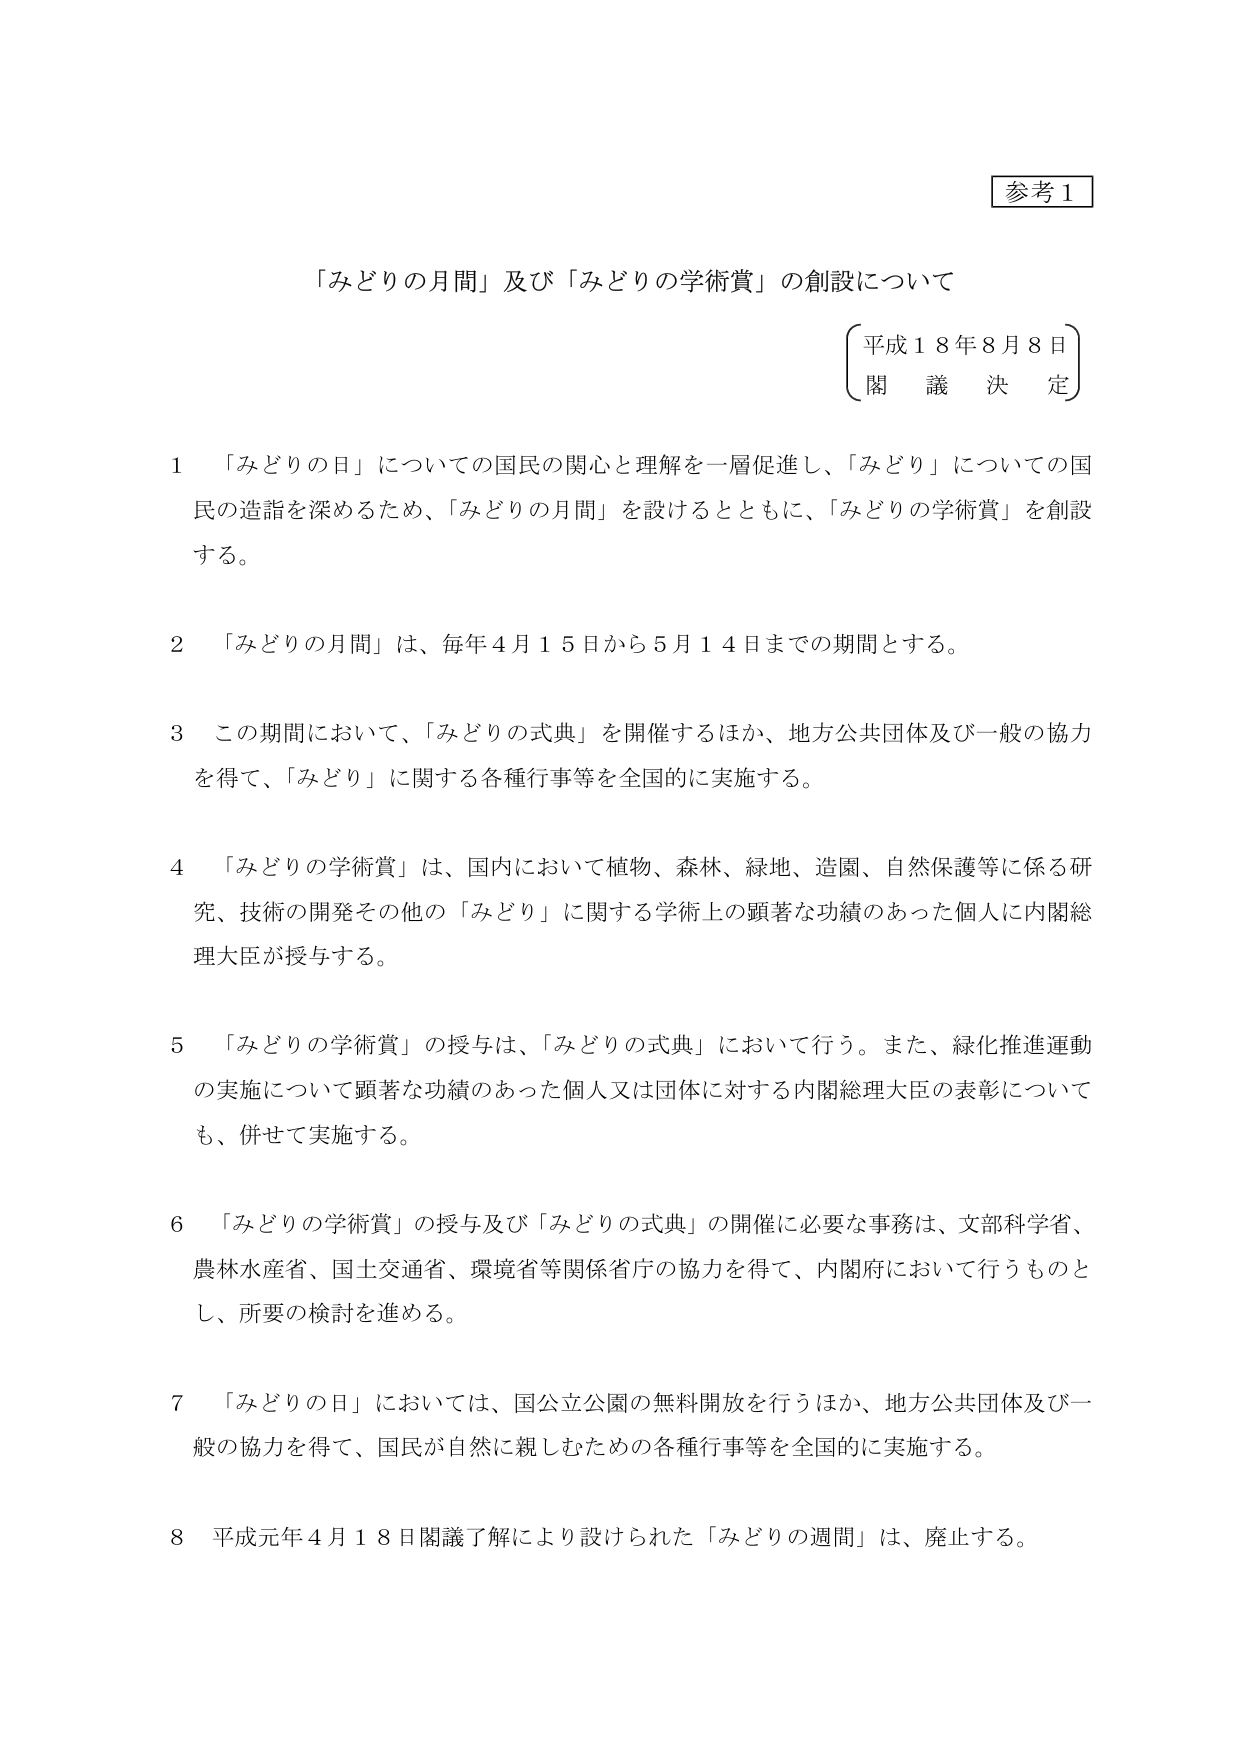
参考１

「みどりの月間」及び「みどりの学術賞」の創設について

（平成１８年８月８日）
閣議決定

１　「みどりの日」についての国民の関心と理解を一層促進し、「みどり」についての国民の造詣を深めるため、「みどりの月間」を設けるとともに、「みどりの学術賞」を創設する。

２　「みどりの月間」は、毎年４月１５日から５月１４日までの期間とする。

３　この期間において、「みどりの式典」を開催するほか、地方公共団体及び一般の協力を得て、「みどり」に関する各種行事等を全国的に実施する。

４　「みどりの学術賞」は、国内において植物、森林、緑地、造園、自然保護等に係る研究、技術の開発その他の「みどり」に関する学術上の顕著な功績のあった個人に内閣総理大臣が授与する。

５　「みどりの学術賞」の授与は、「みどりの式典」において行う。また、緑化推進運動の実施について顕著な功績のあった個人又は団体に対する内閣総理大臣の表彰についても、併せて実施する。

６　「みどりの学術賞」の授与及び「みどりの式典」の開催に必要な事務は、文部科学省、農林水産省、国土交通省、環境省等関係省庁の協力を得て、内閣府において行うものとし、所要の検討を進める。

７　「みどりの日」については、国公立公園の無料開放を行うほか、地方公共団体及び一般の協力を得て、国民が自然に親しむための各種行事等を全国的に実施する。

８　平成元年４月１８日閣議了解により設けられた「みどりの週間」は、廃止する。